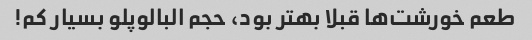
طعم خورشت‌ها قبلا بهتر بود، حجم البالوپلو بسیار کم!